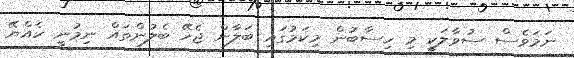
ނަމަވެސް ސުވާލަކީ މި ހިސާބުން މިކަމުގައި ބަލާން ޖެހޭ ބެލުންތައް ނިމުނީ ހެއްޔޭ